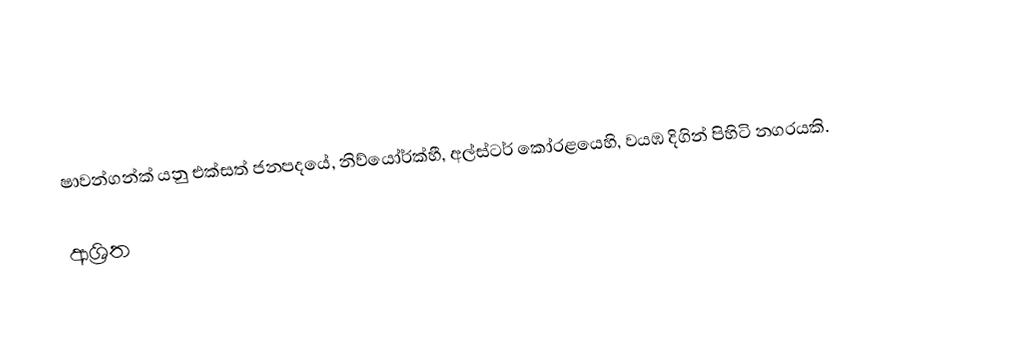
ෂාවන්ගන්ක් යනු එක්සත් ජනපදයේ, නිව්යෝර්ක්හී, අල්ස්ටර් කෝරළයෙහි,   වයඹ දිගින් පිහිටි  නගරයකි.

ආශ්‍රිත